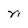
Character: n